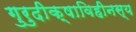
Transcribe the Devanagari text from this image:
गुरुदीक्षाविहीनस्य